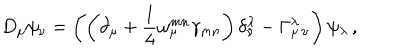
LaTeX: D _ { \mu } \psi _ { \nu } = \left( \left( \partial _ { \mu } + \frac { 1 } { 4 } \omega _ { \mu } ^ { m n } \gamma _ { m n } \right) \delta _ { \nu } ^ { \lambda } - \Gamma _ { \mu \, \nu } ^ { \lambda } \right) \psi _ { \lambda } \, ,